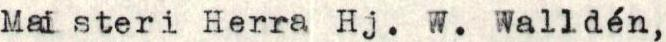
Maisteri Herra Hj. W. Walldén,